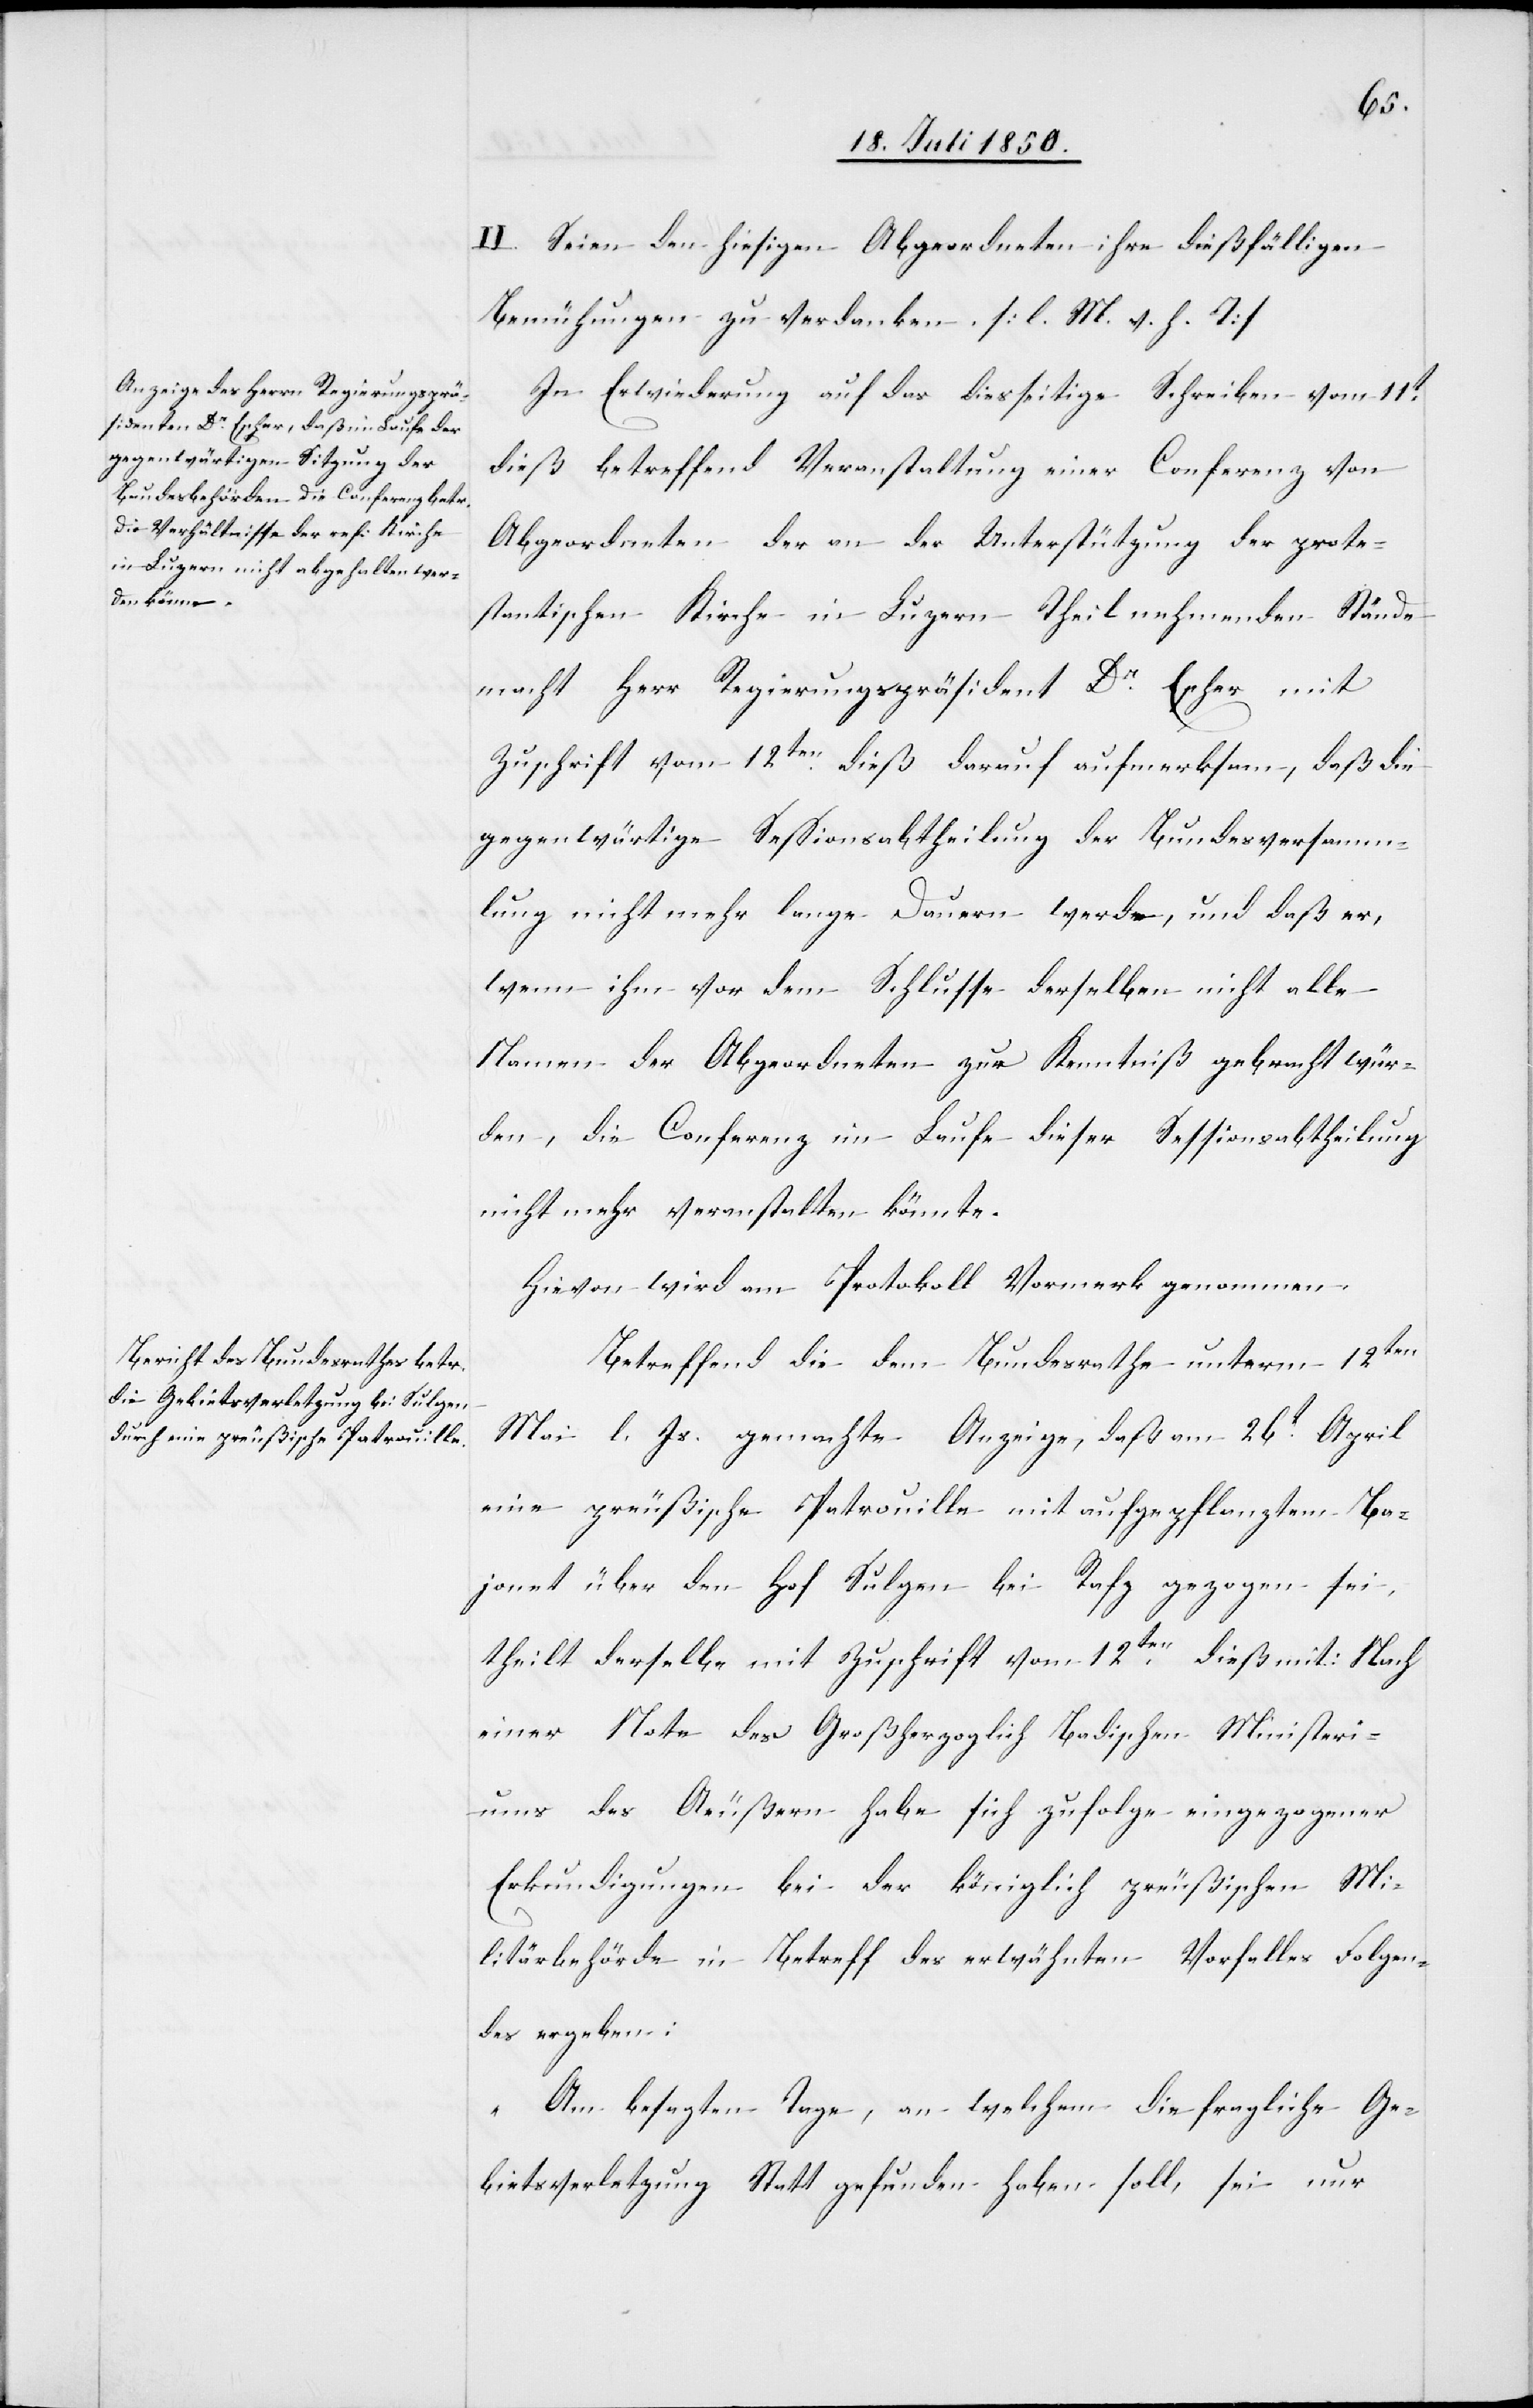
II. Seien den hiesigen Abgeordneten ihre dießfälligen
Bemühungen zu verdanken. [l. M. v. h. T]
In Erwiederung auf das diesseitige Schreiben vom 11t
dieß betreffend Veranstaltung einer Conferenz von
Abgeordneten der an der Unterstützung der prote¬
stantischen Kirche in Luzern Theil nehmenden Stände
macht Herr Regierungspräsident Dr Escher mit
Zuschrift vom 12ten dieß darauf aufmerksam, daß die
gegenwärtige Sessionsabtheilung der Bundesversamm¬
lung nicht mehr lange Dauern werde, und daß er,
wenn ihm vor dem Schlusse derselben nicht alle
Namen der Abgeordneten zur Kenntniß gebracht wür¬
den, die Conferenz im Laufe dieser Sessionsabtheilung
nicht mehr veranstalten könnte.
Hievon wird am Protokoll Vormerk genommen.
Betreffend die dem Bundesrathe unterm 12ten
Mai l. Js. gemachte Anzeige, daß am 26t April
eine preußische Patrouille mit aufgepflanztem Ba¬
jonet über den Hof Sulgen bei Rafz gezogen sei,
theilt derselbe mit Zuschrift vom 12ten dieß mit: Nach
einer Note des Großherzoglich Badischen Ministeri¬
ums des Aeußern habe sich zufolge eingezogener
Erkundigungen bei der königlich preußischen Mi¬
litärbehörde in Betreff des erwähnten Vorfalles Folgen¬
des ergeben:
„Am besagten Tage, an welchem die fragliche Ge¬
bietsverletzung Statt gefunden haben soll, sei nur